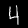
Digit: 4